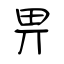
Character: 畀